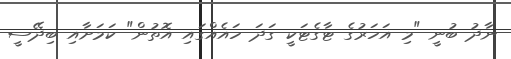
ނާދު ބުނީ "މި އަހަރުގެ ޓާގެޓަކީ ގަދަ ހައެއްގައި އޮތުން" ކަމަށާއި ބިދޭސީ